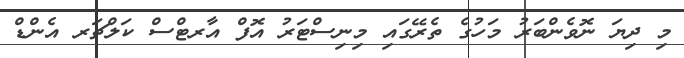
މި ދިޔަ ނޮވެންބަރު މަހުގެ ތެރޭގައި މިނިސްޓަރު އޮފް އާރޓްސް ކަލްޗަރ އެންޑް